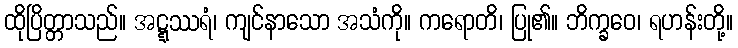
ထိုပြိတ္တာသည်။ အဋ္ဋဿရံ၊ ကျင်နာသော အသံကို။ ကရောတိ၊ ပြု၏။ ဘိက္ခဝေ၊ ရဟန်းတို့။